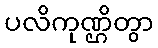
ပလိကုဏ္ဌိတွာ